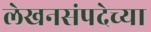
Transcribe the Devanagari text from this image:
लेखनसंपदेच्या